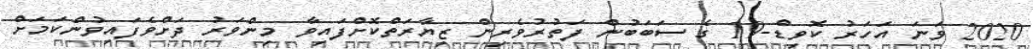
2020 ވަނަ އަހަރު ކޮވިޑް-19 ގެ ސަބަބުން ފަތުރުވެރިން ޒިޔާރަތްކޮށްފައިވާ މިންވަރު ދަށްވެފައިވުންކަމަށް